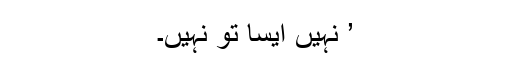
’ نہیں ایسا تو نہیں۔